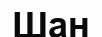
Шан